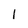
Character: 1